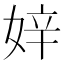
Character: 㛙